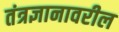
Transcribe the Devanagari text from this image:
तंत्रज्ञानावरील